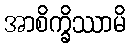
အာစိက္ခိဿာမိ